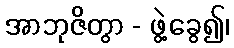
အာဘုဇိတွာ - ဖွဲ့ခွေ၍၊